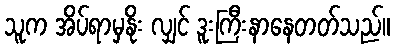
သူက အိပ်ရာမှနိုး လျှင် ဒူးကြီးနာနေတတ်သည်။